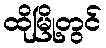
ထိုမြို့တွင်